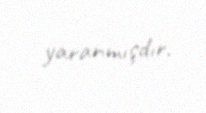
yaranmışdır.